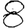
Digit: 8